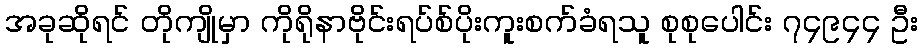
အခုဆိုရင် တိုကျိုမှာ ကိုရိုနာဗိုင်းရပ်စ်ပိုးကူးစက်ခံရသူ စုစုပေါင်း ၇၄၉၄၄ ဦး